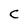
Character: C